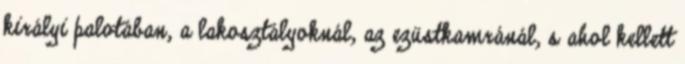
királyi palotában, a lakosztályoknál, az ezüstkamránál, s ahol kellett